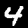
Label: 4